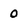
Character: 0